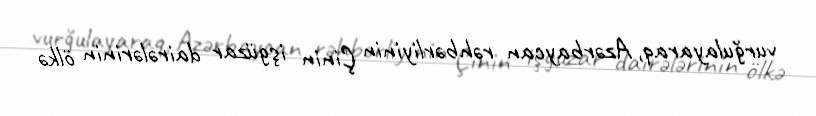
vurğulayaraq, Azərbaycan rəhbərliyinin Çinin işgüzar dairələrinin ölkə